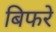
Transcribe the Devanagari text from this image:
बिफरे